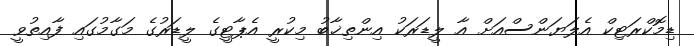
ޑިމޮކްރަޓިކް އެލަޔަންސްއަށް އާ ލީޑަރަކު އިންތިޚާބު މިކުރީ އެޕާޓީގެ ލީޑަރުގެ މަގާމުގައި ފާއިތުވީ